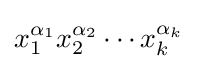
x_{1}^{\alpha _{1}}x_{2}^{\alpha _{2}}\cdots x_{k}^{\alpha _{k}}